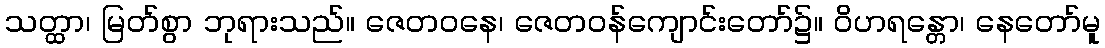
သတ္ထာ၊ မြတ်စွာ ဘုရားသည်။ ဇေတဝနေ၊ ဇေတဝန်ကျောင်းတော်၌။ ဝိဟရန္တော၊ နေတော်မူ